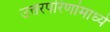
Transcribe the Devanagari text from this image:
उत्तरपरिणांमाध्ये